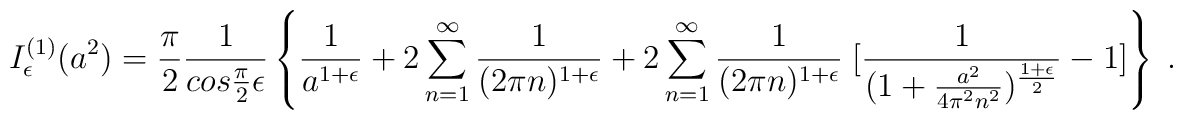
I^{(1)}_{\epsilon}(a^2)={{\pi}\over 2} {1\over {cos {{\pi}\over 2}\epsilon}}\left \{ {1\over {a^{1+ \epsilon}}}+ 2 \sum_{n=1}^{\infty} {1\over {(2 \pi n)^{1+\epsilon}}}+ 2\sum_{n=1}^{\infty} {1\over {(2 \pi n)^{1+\epsilon}}} \; [ {1\over {(1+ {{a^2}\over {4 \pi^2 n^2}})^{{1+\epsilon}\over 2}}} -1 ] \right \} \; .